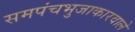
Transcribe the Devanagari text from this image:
समपंचभुजाकारवाले